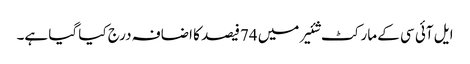
ایل آئی سی کے مارکٹ شئیر میں 74فیصد کا اضافہ درج کیا گیا ہے۔